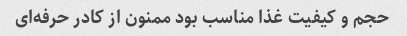
حجم و کیفیت غذا مناسب بود ممنون از کادر حرفه‌ای